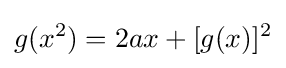
g(x^{2})=2ax+[g(x)]^{2}